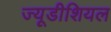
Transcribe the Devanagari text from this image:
ज्यूडीशियल